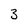
Character: 3